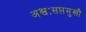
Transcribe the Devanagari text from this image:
अश्वःसप्तमुखौ